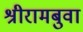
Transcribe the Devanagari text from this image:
श्रीरामबुवा